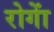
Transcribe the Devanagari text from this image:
रोगाें